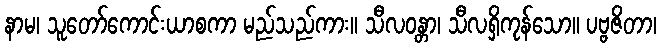
နာမ၊ သူတော်ကောင်းယာစကာ မည်သည်ကား။ သီလဝန္တာ၊ သီလရှိကုန်သော။ ပဗ္ဗဇိတာ၊